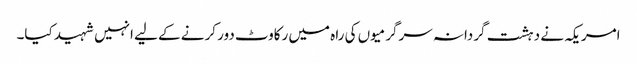
امریکہ نے دہشت گردانہ سرگرمیوں کی راہ میں رکاوٹ دور کرنے کے لیے انہیں شہید کیا۔